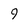
Character: 9